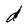
Character: d